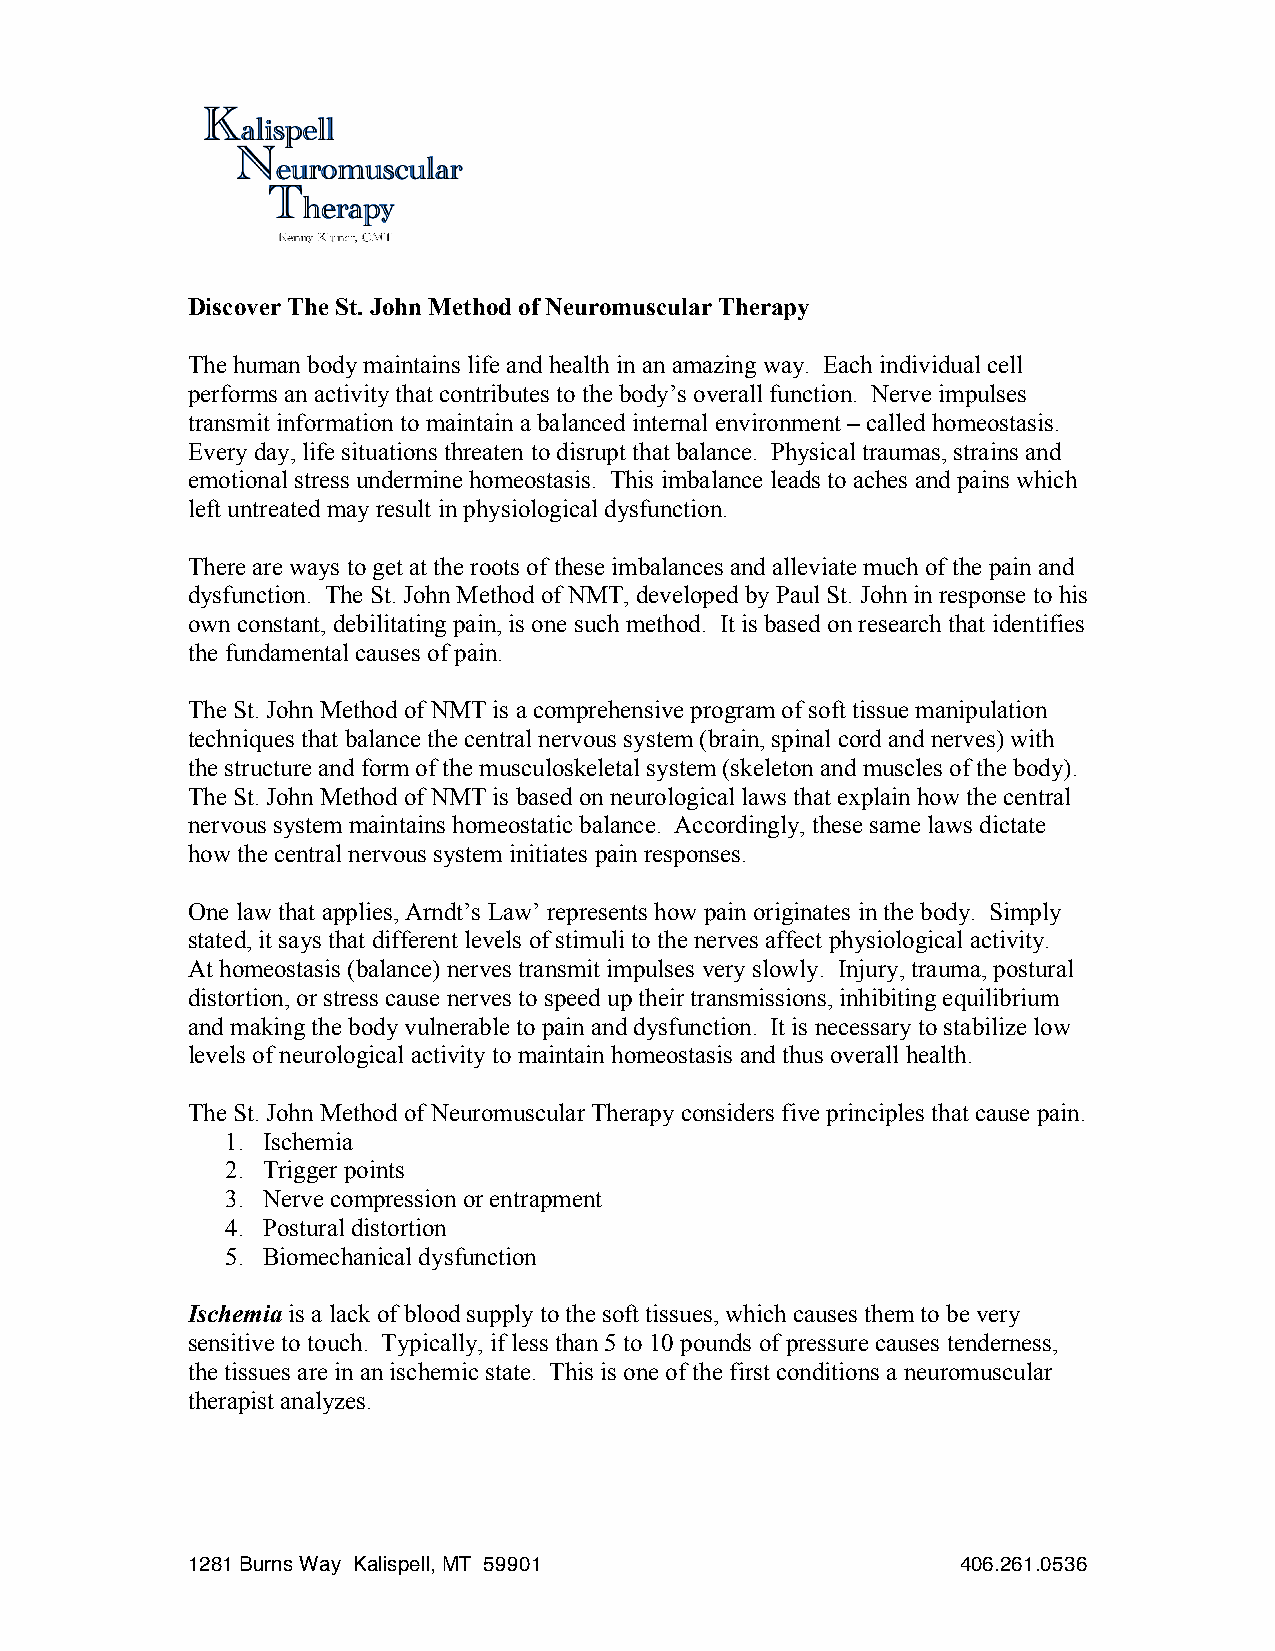
Discover The St. John Method of Neuromuscular Therapy
 The human body maintains life and health in an amazing way. Each individual cell
 performs an activity that contributes to the body’s overall function. Nerve impulses
 transmit information to maintain a balanced internal environment – called homeostasis.
 Every day, life situations threaten to disrupt that balance. Physical traumas, strains and
 emotional stress undermine homeostasis. This imbalance leads to aches and pains which
 left untreated may result in physiological dysfunction.
 There are ways to get at the roots of these imbalances and alleviate much of the pain and
 dysfunction. The St. John Method of NMT, developed by Paul St. John in response to his
 own constant, debilitating pain, is one such method. It is based on research that identifies
 the fundamental causes of pain.
 The St. John Method of NMT is a comprehensive program of soft tissue manipulation
 techniques that balance the central nervous system (brain, spinal cord and nerves) with
 the structure and form of the musculoskeletal system (skeleton and muscles of the body).
 The St. John Method of NMT is based on neurological laws that explain how the central
 nervous system maintains homeostatic balance. Accordingly, these same laws dictate
 how the central nervous system initiates pain responses.
 One law that applies, Arndt’s Law’ represents how pain originates in the body. Simply
 stated, it says that different levels of stimuli to the nerves affect physiological activity.
 At homeostasis (balance) nerves transmit impulses very slowly. Injury, trauma, postural
 distortion, or stress cause nerves to speed up their transmissions, inhibiting equilibrium
 and making the body vulnerable to pain and dysfunction. It is necessary to stabilize low
 levels of neurological activity to maintain homeostasis and thus overall health.
 The St. John Method of Neuromuscular Therapy considers five principles that cause pain.
 1. Ischemia
 2. Trigger points
 3. Nerve compression or entrapment
 4. Postural distortion
 5. Biomechanical dysfunction
 Ischemia is a lack of blood supply to the soft tissues, which causes them to be very
 sensitive to touch. Typically, if less than 5 to 10 pounds of pressure causes tenderness,
 the tissues are in an ischemic state. This is one of the first conditions a neuromuscular
 therapist analyzes.
 1281 Burns Way Kalispell, MT 59901                  406.261.0536